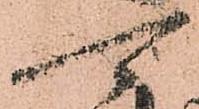
可